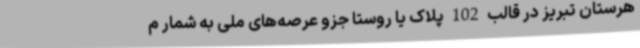
هرستان تبریز در قالب 102 پلاک یا روستا جزو عرصه‌های ملی به شمار م